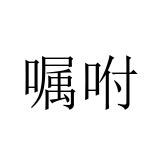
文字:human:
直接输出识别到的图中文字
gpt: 嘱咐